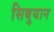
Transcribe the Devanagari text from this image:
सिबुयान